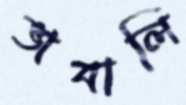
ভাবালি